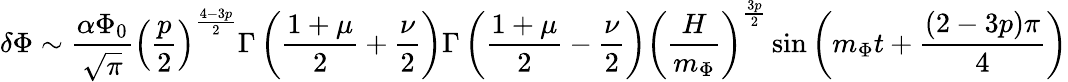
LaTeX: \delta\Phi\sim\frac{\alpha\Phi_{0}}{\sqrt{\pi}}\left(\frac{p}{2}\right)^{\frac{4-3p}{2}}\Gamma\left(\frac{1+\mu}{2}+\frac{\nu}{2}\right)\Gamma\left(\frac{1+\mu}{2}-\frac{\nu}{2}\right)\left(\frac{H}{m_{\Phi}}\right)^{\frac{3p}{2}}\sin\left(m_{\Phi}t+\frac{(2-3p)\pi}{4}\right)